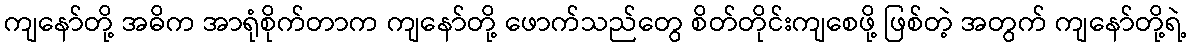
ကျနော်တို့ အဓိက အာရုံစိုက်တာက ကျနော်တို့ ဖောက်သည်တွေ စိတ်တိုင်းကျစေဖို့ ဖြစ်တဲ့ အတွက် ကျနော်တို့ရဲ့